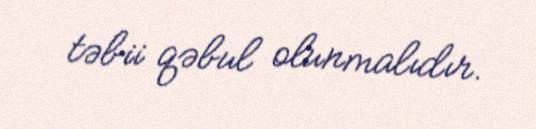
təbii qəbul olunmalıdır.